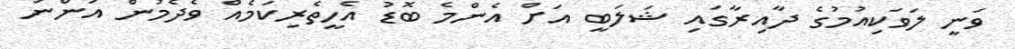
ވަނީ ލަވަކިއުމުގެ ދާއިރާގައި ޝަލަބީ އަށް އެންމެ ބޮޑު އެހީތެރިކަމެއް ވެދެމުން އަންނަ